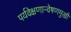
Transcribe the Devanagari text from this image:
पर्यवेक्षणान्वेषणमुखी